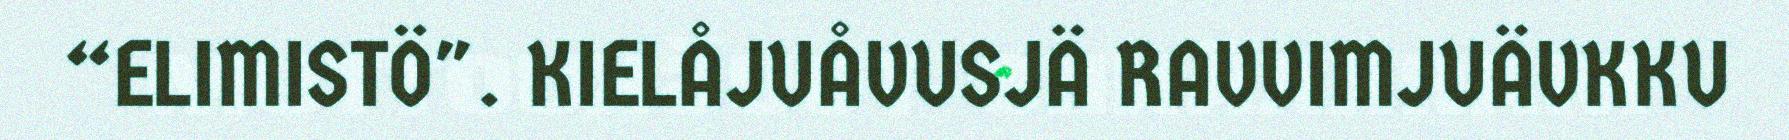
“ELIMISTÖ". KIELÅJUÅVUSJÄ RAVVIMJUÄVKKU